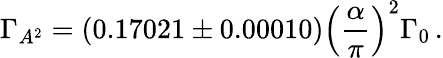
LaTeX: \Gamma_{A^{2}}=(0.17021\pm 0.00010)\left(\frac{\alpha}{\pi}\right)^{2}\Gamma_{0}\, .